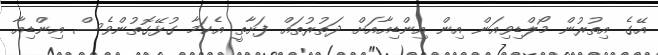
އޭގެ އިތުރުން މޯލްޑިވިއަން އިން އިންޑިއާއަށް ދަތުރުތައް ފަށާތީ އެކަމާ ގުޅޭގޮތުންވެސް އިންޑިއާ